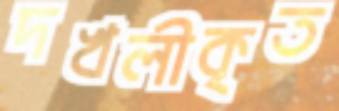
দখলীকৃত